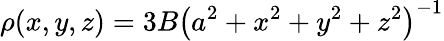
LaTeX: \rho(x,y,z)=3B\left(a^{2}+x^{2}+y^{2}+z^{2}\right)^{-1}